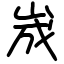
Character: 𡷫